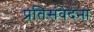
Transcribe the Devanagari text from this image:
प्रतिसंवेदना